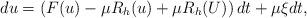
LaTeX: \begin{align*} du = \left(F(u) -\mu R_h(u) +\mu R_h(U)\right)dt+\mu\xi dt, \end{align*}